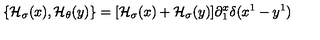
\{ { \cal H } _ { \sigma } ( x ) , { \cal H } _ { \theta } ( y ) \} = [ { \cal H } _ { \sigma } ( x ) + { \cal H } _ { \sigma } ( y ) ] \partial _ { 1 } ^ { x } \delta ( x ^ { 1 } - y ^ { 1 } )